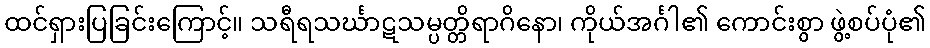
ထင်ရှားပြခြင်းကြောင့်။ သရီရသင်္ဃာဋသမ္ပတ္တိရာဂိနော၊ ကိုယ်အင်္ဂါ၏ ကောင်းစွာ ဖွဲ့စပ်ပုံ၏